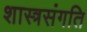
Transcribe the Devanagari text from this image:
शास्त्रसंगति